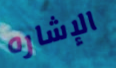
الإشاره